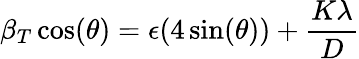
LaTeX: \beta_{T}\cos(\theta)=\epsilon(4\sin(\theta))+\frac{K\lambda}{D}